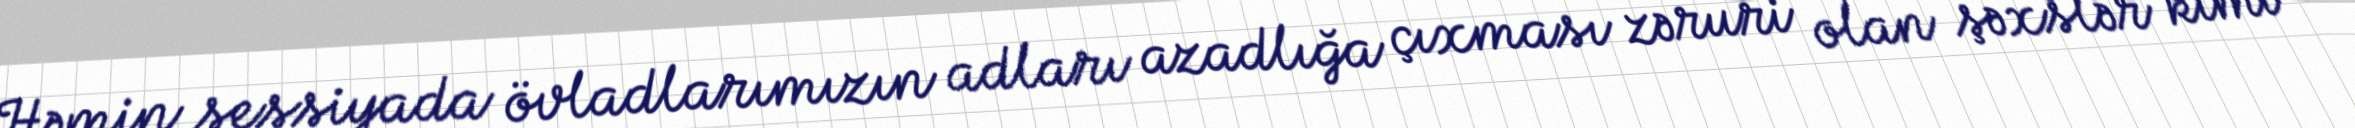
Həmin sessiyada övladlarımızın adları azadlığa çıxması zəruri olan şəxslər kimi